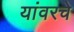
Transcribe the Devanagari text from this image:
यांवरचे